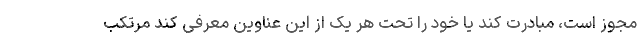
مجوز است، مبادرت کند یا خود را تحت هر یک از این عناوین معرفی کند مرتکب